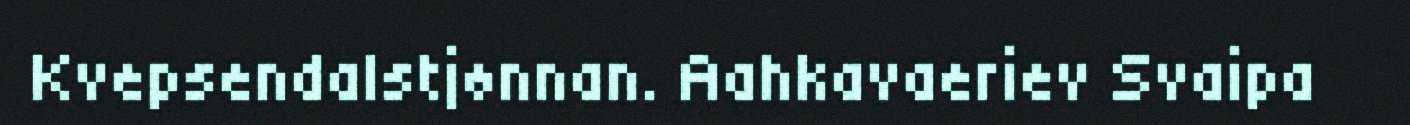
Kvepsendalstjønnan. Aahkavaeriev Svaipa